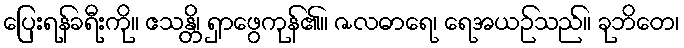
ပြေးရန်ခရီးကို။ ဧသန္တိ၊ ရှာဖွေကုန်၏။ ဇလဓာရေ၊ ရေအယဉ်သည်။ ခုဘိတေ၊